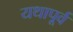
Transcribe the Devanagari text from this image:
यथापू्र्व